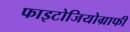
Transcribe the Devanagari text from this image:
फाइटोजियोग्राफी